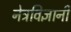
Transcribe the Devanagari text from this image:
नेत्रविज्ञानी